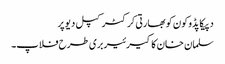
دپیکا پڈوکون کو بھارتی کرکٹر کپل دیو پر
سلمان خان کا کیرئیر بری طرح فلاپ۔